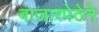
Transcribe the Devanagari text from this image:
बाजारपेठेने